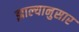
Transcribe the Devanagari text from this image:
झाल्यानुसार